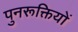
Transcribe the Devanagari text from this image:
पुनरूक्तियों